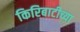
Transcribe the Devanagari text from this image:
किरिबाटीच्या